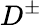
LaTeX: D^{\pm}